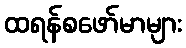
ထရန်စဖော်မာများ